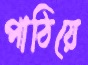
পাঠিয়ে